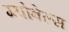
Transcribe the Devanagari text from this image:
ग्योबेल्स